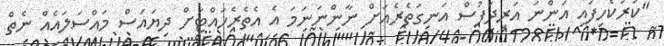
''ކަރުކެހިފައި އަންނަ އަރިދަފުސް އަނގަތެރެއަށް ނާންނަނަމަ އެ އެތެރެހައްޓަށް ދިޔައަސް މައްސަލައެއް ނެތް